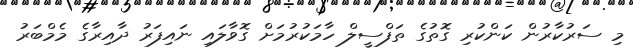
މި ސަރުކާރުން ކަންކުރި ގޮތުގެ ތަފްސީލް ހާމަކުރުމަށް ގޮވާލައި ނައިފަރު ދާއިރާގެ މެމްބަރު